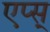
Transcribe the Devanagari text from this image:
एप्स्